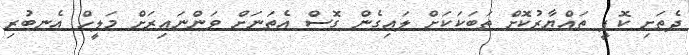
ދެތަށި ކޮފީ ތައްޔާރުކޮށް ތަބަކަކަށް ލައިގެން ގޮސް އެތަނަށް ވަންނައިރަށް މަލީހް އެނބުރި